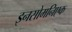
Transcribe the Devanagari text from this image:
इनसोमनिएक